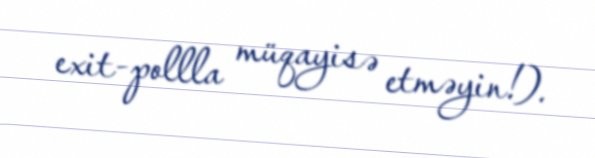
exit-pollla müqayisə etməyin!).